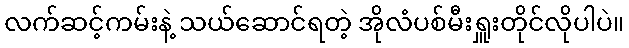
လက်ဆင့်ကမ်းနဲ့ သယ်ဆောင်ရတဲ့ အိုလံပစ်မီးရှူးတိုင်လိုပါပဲ။